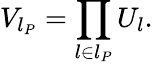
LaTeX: V_{l_{P}}=\prod_{l\in l_{P}}U_{l}.